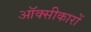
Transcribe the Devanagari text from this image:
ऑक्सीकारों